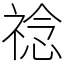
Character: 䄒